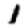
Digit: 1